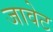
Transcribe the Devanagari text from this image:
जावेट